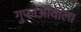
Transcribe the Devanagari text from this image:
गुफाओंवाला